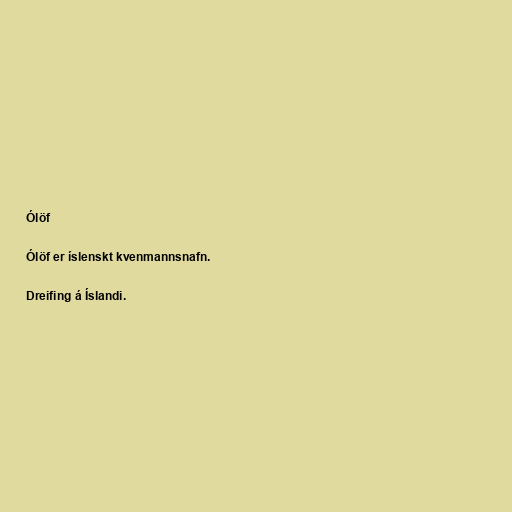
Ólöf

Ólöf er íslenskt kvenmannsnafn.

Dreifing á Íslandi.